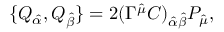
\{ Q _ { \hat { \alpha } } , Q _ { \hat { \beta } } \} = 2 ( \Gamma ^ { \hat { \mu } } C ) _ { \hat { \alpha } \hat { \beta } } P _ { \hat { \mu } } ,